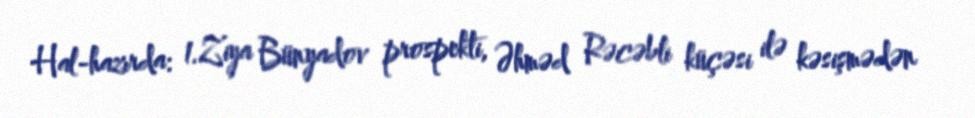
Hal-hazırda: 1.Ziya Bünyadov prospekti, Əhməd Rəcəbli küçəsi ilə kəsişmədən